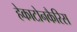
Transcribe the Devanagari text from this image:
हेकाटोनकैरिस